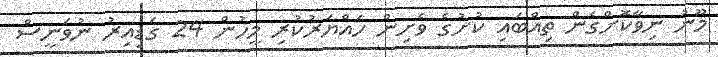
މޫނު ނިވާކޮށްގެން ތިއްބައި ކުށުގެ ވެށިން ހައްޔަރުކުރި މީހުން 24 ގަޑިއިރު ނުވަނީސް